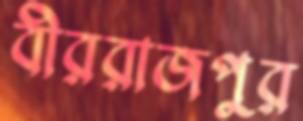
বীররাজপুর